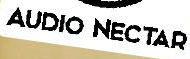
AUDIO NECTAR